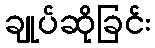
ချုပ်ဆိုခြင်း